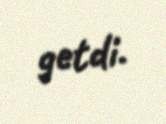
getdi.